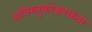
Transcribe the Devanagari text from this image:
अतिग्लुकोज़रक्तता